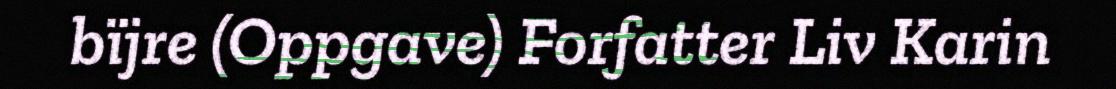
bïjre (Oppgave) Forfatter Liv Karin